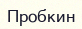
Пробкин